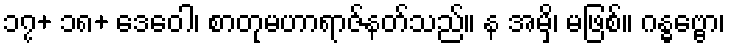
၁၇+ ၁၈+ ဒေဝေါ၊ စာတုမဟာရာဇ်နတ်သည်။ န အမှိ၊ မဖြစ်။ ဂန္ဓဗ္ဗော၊